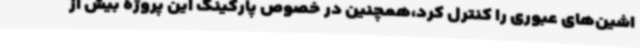
اشین‌های عبوری را کنترل کرد،همچنین در خصوص پارکینگ این پروژه بیش از